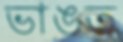
ভাঙত